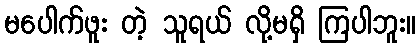
မပေါက်ဖူး တဲ့ သူရယ် လို့မရှိ ကြပါဘူး။